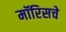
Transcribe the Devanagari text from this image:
मॉरिसचे